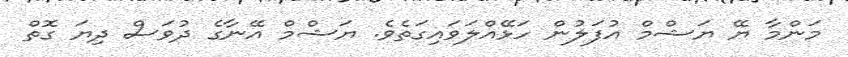
މަންމާ ޔޭ ޔަޝްމް އުފަލުން ހަޅޭއްލަވައިގަތެވެ. ޔަޝްމް އޭނާގެ ދުވަސް ދިޔަ ގޮތް